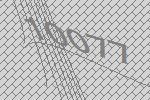
10077